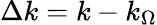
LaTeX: \Delta k=k-k_{\Omega}